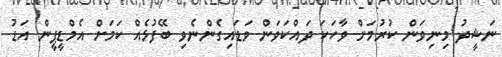
ނަޝީދު މިނިވަން ކުރުމަށް ވާހަކަ ދައްކަވަން ވަޑައިގެންނެވި ބޭފުޅެއް ކަމަށް އެމްޑީޕީން އަޑު